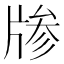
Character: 𱭞